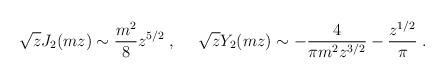
LaTeX: \begin{align*}\sqrt{z} J_2(m z) \sim {m^2\over 8}z^{5/2}\; , ~~~~ \sqrt{z} Y_2(m z) \sim -{4\over \pi m^2z^{3/2}} - {z^{1/2}\over\pi}\; .\end{align*}